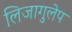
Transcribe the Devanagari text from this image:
लिजागुलेप